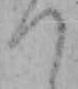
つ